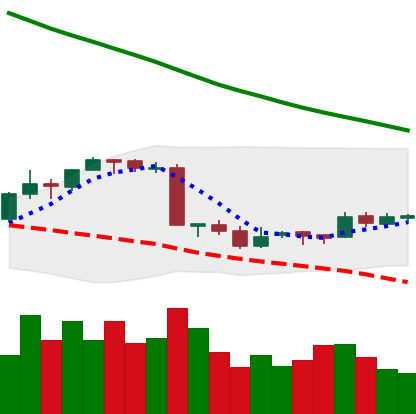
Ticker: EOS-USD
Chart end date: 2018-09-16
Forward return: 13.336%
Label: up_7plus